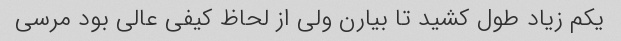
یکم زیاد طول کشید تا بیارن ولی از لحاظ کیفی عالی بود مرسی